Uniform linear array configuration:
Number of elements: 24
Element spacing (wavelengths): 0.5
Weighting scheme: exponential
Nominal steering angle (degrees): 15
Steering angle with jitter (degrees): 14.743
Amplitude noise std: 0.05
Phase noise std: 0.05

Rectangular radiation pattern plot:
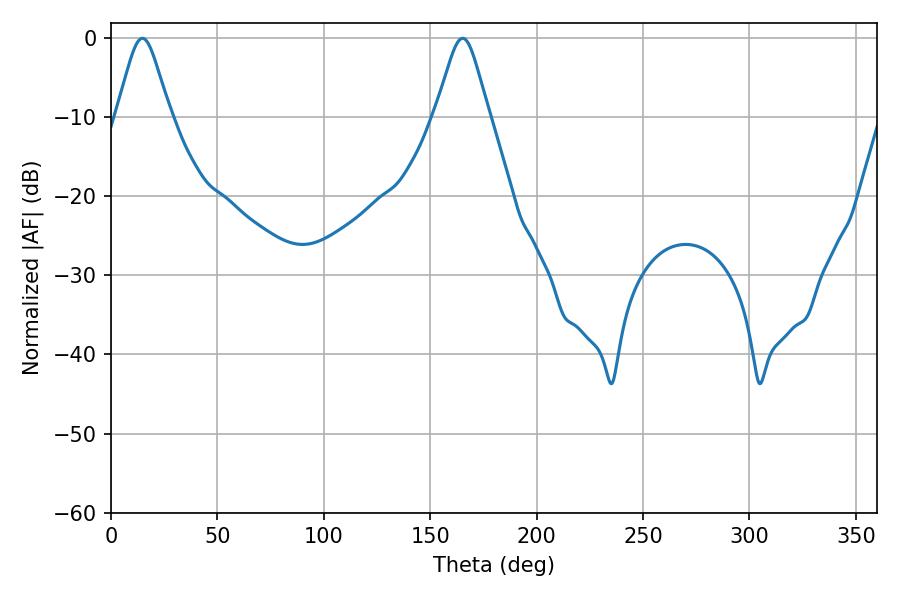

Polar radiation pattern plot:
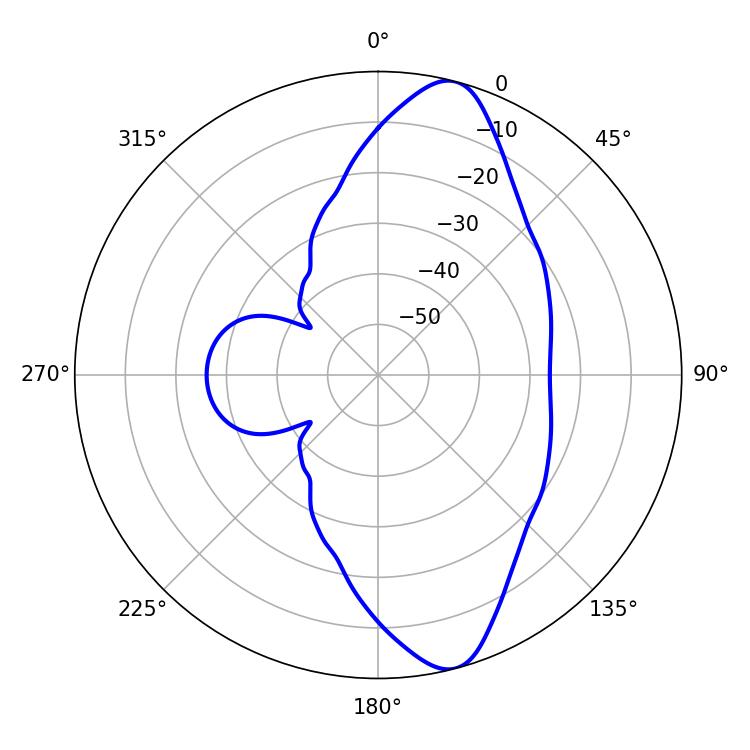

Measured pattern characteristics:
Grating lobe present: FALSE
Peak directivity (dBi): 11.494
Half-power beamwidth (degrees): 12.06
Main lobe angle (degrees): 14.76